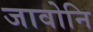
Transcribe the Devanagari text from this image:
जावोनि